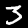
Digit: 3